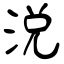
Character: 涗